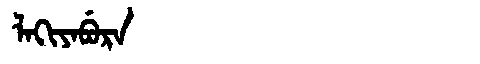
Manchu: ᠯᠠᡴᡳᠶᠠᠪᡠᡵᠠ
Romanization: LAKIYABURA